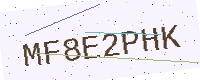
Text: MF8E2PHK